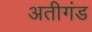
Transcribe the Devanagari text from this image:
अतीगंड